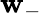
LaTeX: \mathbf{w}_{-}